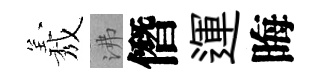
𦏁沸僭運晦